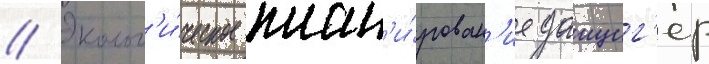
// Эколог'и́ческое план'и́рован'ие данциг'ер